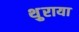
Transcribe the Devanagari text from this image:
थ़ुराया